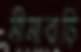
সীমাবাড়ি